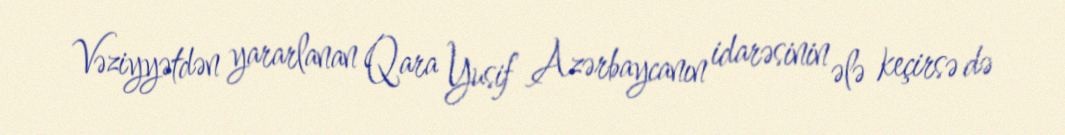
Vəziyyətdən yararlanan Qara Yusif Azərbaycanın idarəsinin ələ keçirsə də